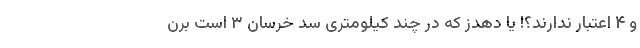
و ۴ اعتبار ندارند؟! یا دهدز که در چند کیلومتری سد خرسان ۳ است برن